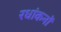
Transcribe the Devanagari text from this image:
रधांकनों